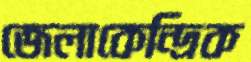
জেলাকেন্দ্রিক